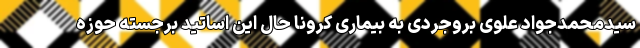
سیدمحمدجواد علوی بروجردی به بیماری کرونا حال این اساتید برجسته حوزه